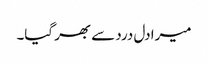
میرا دل درد سے بھر گیا۔